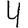
Digit: 4